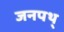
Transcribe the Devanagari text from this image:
जनपथ्